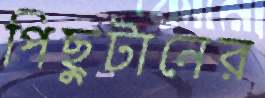
পিছুটানের